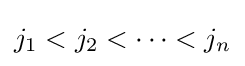
j_{1}<j_{2}<\dots <j_{n}